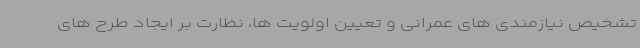
تشخیص نیازمندی های عمرانی و تعیین اولویت ها، نظارت بر ایجاد طرح های